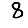
Digit: 8